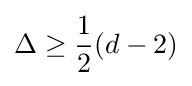
\Delta \geq {\frac {1}{2}}(d-2)